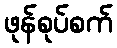
ဖုန်စုပ်စက်